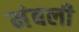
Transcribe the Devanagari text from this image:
मंबली